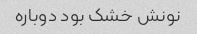
نونش خشک بود دوباره